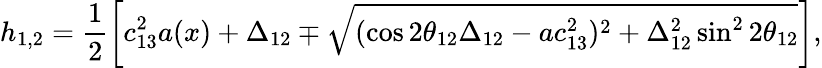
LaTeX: h_{1,2}=\frac{1}{2}\left[c_{13}^{2}a(x)+\Delta_{12}\mp\sqrt{(\cos 2\theta_{12}\Delta_{12}-ac_{13}^{2})^{2}+\Delta_{12}^{2}\sin^{2}2\theta_{12}}\right],